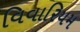
વિવારિયમ